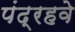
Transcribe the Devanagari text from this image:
पंद्रहवे